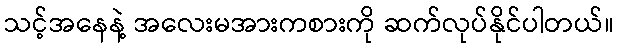
သင့်အနေနဲ့ အလေးမအားကစားကို ဆက်လုပ်နိုင်ပါတယ်။